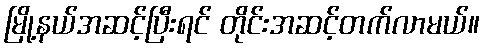
မြို့နယ်အဆင့်ပြီးရင် တိုင်းအဆင့်တက်လာမယ်။